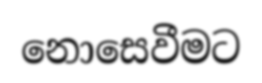
නොසෙවීමට